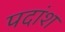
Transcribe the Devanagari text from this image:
पदांश